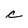
Character: c